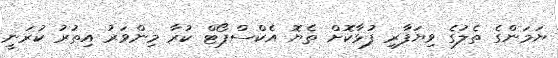
ޔަމަންގެ ތެލުގެ ވިޔަފާރި ފުޅާކޮށް ތެޔޮ އެކްސްޕޯޓް ކުރާ މިންވަރު އިތުރު ކުރަނީ